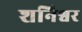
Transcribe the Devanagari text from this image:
शनिश्वर